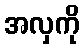
အလှကို